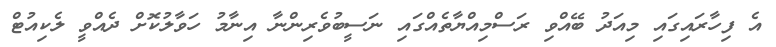
އެ ފިހާރައިގައި މިއަދު ބޭއްވި ރަސްމިއްޔާތެއްގައި ނަސީބުވެރިންނާ އިނާމު ހަވާލުކޮށް ދެއްވީ ލެކިއުޓް